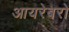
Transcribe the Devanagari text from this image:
आयरेबरो